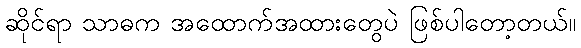
ဆိုင်ရာ သာဓက အထောက်အထားတွေပဲ ဖြစ်ပါတော့တယ်။